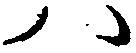
ハ